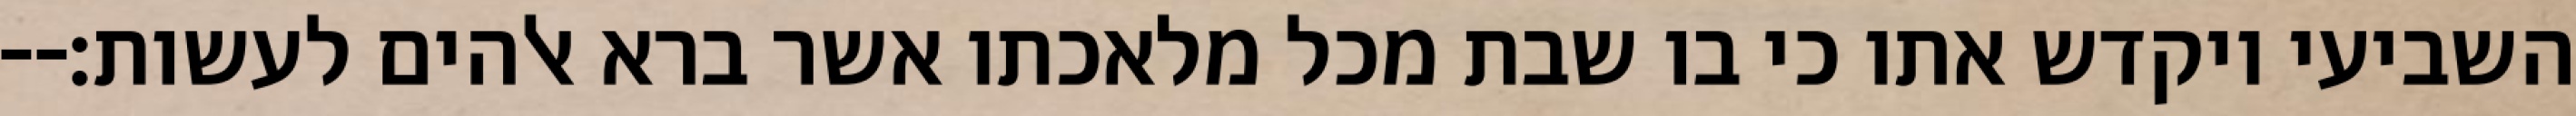
השביעי ויקדש אתו כי בו שבת מכל מלאכתו אשר ברא אלהים לעשות׃--